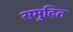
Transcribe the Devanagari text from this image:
समुदित